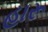
હારૂ